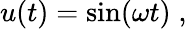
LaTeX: u(t)=\sin(\omega t)\; ,